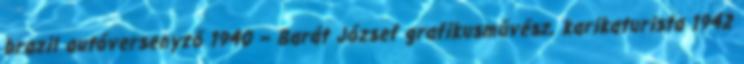
brazil autóversenyző 1940 – Barát József grafikusművész, karikaturista 1942